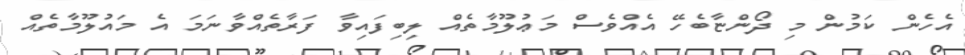
އެހެން ކަމުން މި ދޯންޏާބެހޭ އެއްވެސް މަޢުލޫމާތެއް ލިބިފައިވާ ފަރާތެއްވާނަމަ އެ މައުލޫމާތެއް